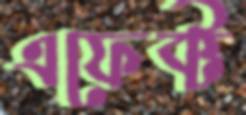
এফেক্ট